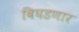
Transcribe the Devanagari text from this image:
बिघडणार